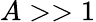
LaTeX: A>>1